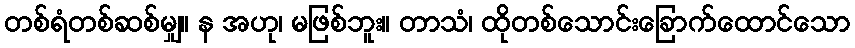
တစ်ရံတစ်ဆစ်မျှ။ န အဟု၊ မဖြစ်ဘူး။ တာသံ၊ ထိုတစ်သောင်းခြောက်ထောင်သော